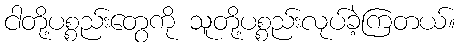
ငါတို့ပစ္စည်းတွေကို သူတို့ပစ္စည်းလုပ်ခဲ့ကြတယ်။